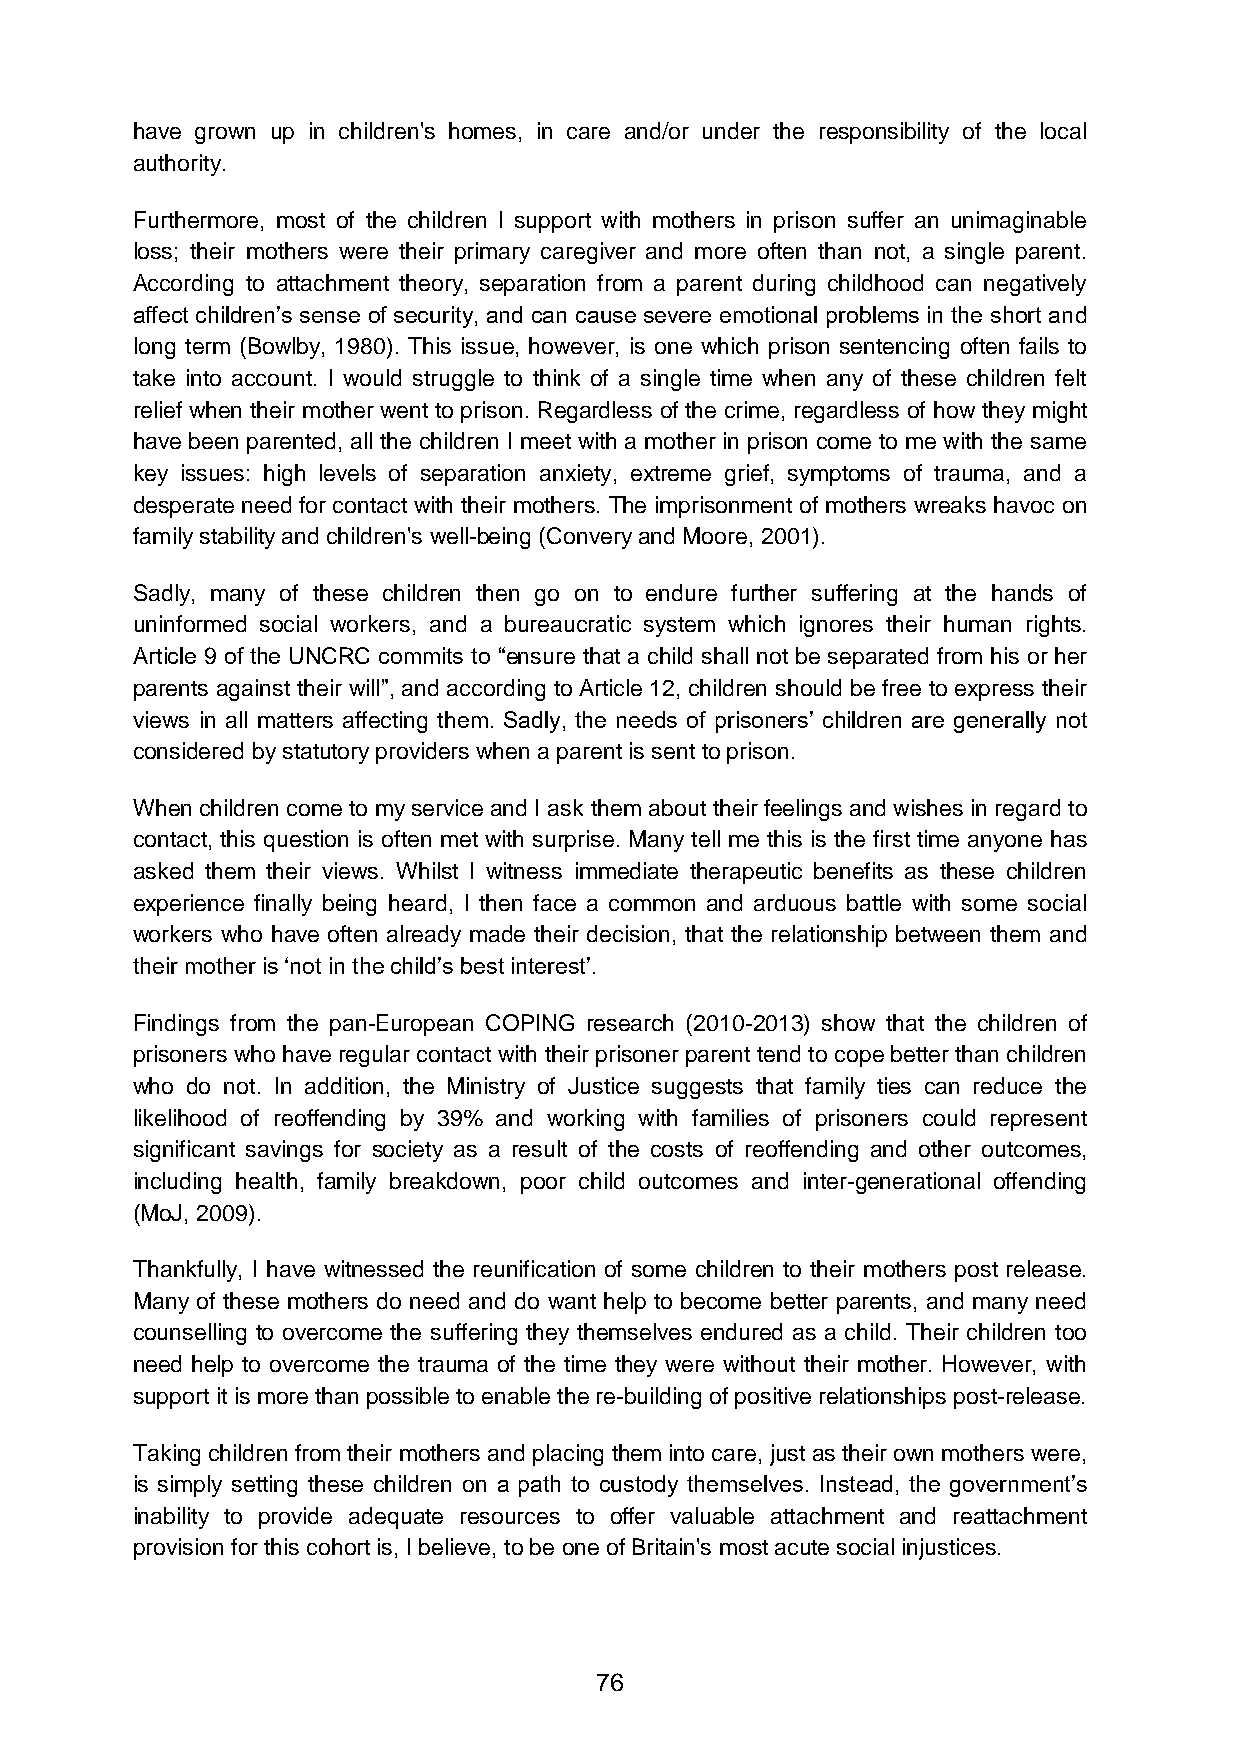
have grown up in children's homes, in care and/or under the responsibility of the local
 authority.
 Furthermore, most of the children I support with mothers in prison suffer an unimaginable
 loss; their mothers were their primary caregiver and more often than not, a single parent.
 According to attachment theory, separation from a parent during childhood can negatively
 affect children’s sense of security, and can cause severe emotional problems in the short and
 long term (Bowlby, 1980). This issue, however, is one which prison sentencing often fails to
 take into account. I would struggle to think of a single time when any of these children felt
 relief when their mother went to prison. Regardless of the crime, regardless of how they might
 have been parented, all the children I meet with a mother in prison come to me with the same
 key issues: high levels of separation anxiety, extreme grief, symptoms of trauma, and a
 desperate need for contact with their mothers. The imprisonment of mothers wreaks havoc on
 family stability and children's well-being (Convery and Moore, 2001).
 Sadly, many of these children then go on to endure further suffering at the hands of
 uninformed social workers, and a bureaucratic system which ignores their human rights.
 Article 9 of the UNCRC commits to “ensure that a child shall not be separated from his or her
 parents against their will”, and according to Article 12, children should be free to express their
 views in all matters affecting them. Sadly, the needs of prisoners’ children are generally not
 considered by statutory providers when a parent is sent to prison.
 When children come to my service and I ask them about their feelings and wishes in regard to
 contact, this question is often met with surprise. Many tell me this is the first time anyone has
 asked them their views. Whilst I witness immediate therapeutic benefits as these children
 experience finally being heard, I then face a common and arduous battle with some social
 workers who have often already made their decision, that the relationship between them and
 their mother is ‘not in the child’s best interest’.
 Findings from the pan-European COPING research (2010-2013) show that the children of
 prisoners who have regular contact with their prisoner parent tend to cope better than children
 who do not. In addition, the Ministry of Justice suggests that family ties can reduce the
 likelihood of reoffending by 39% and working with families of prisoners could represent
 significant savings for society as a result of the costs of reoffending and other outcomes,
 including health, family breakdown, poor child outcomes and inter-generational offending
 (MoJ, 2009).
 Thankfully, I have witnessed the reunification of some children to their mothers post release.
 Many of these mothers do need and do want help to become better parents, and many need
 counselling to overcome the suffering they themselves endured as a child. Their children too
 need help to overcome the trauma of the time they were without their mother. However, with
 support it is more than possible to enable the re-building of positive relationships post-release.
 Taking children from their mothers and placing them into care, just as their own mothers were,
 is simply setting these children on a path to custody themselves. Instead, the government’s
 inability to provide adequate resources to offer valuable attachment and reattachment
 provision for this cohort is, I believe, to be one of Britain's most acute social injustices.
 76